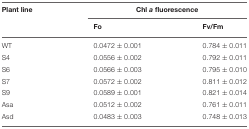
| Plant line | <COLSPAN=2> Chlafluorescence |
 |  | Fo | Fv/Fm |
 | --- | --- | --- |
 | WT | 0.0472 ± 0.001 | 0.784 ± 0.011 |
 | S4 | 0.0556 ± 0.002 | 0.792 ± 0.011 |
 | S6 | 0.0566 ± 0.003 | 0.795 ± 0.010 |
 | S7 | 0.0572 ± 0.002 | 0.811 ± 0.012 |
 | S9 | 0.0589 ± 0.001 | 0.821 ± 0.014 |
 | Asa | 0.0512 ± 0.002 | 0.761 ± 0.011 |
 | Asd | 0.0483 ± 0.003 | 0.748 ± 0.013 |